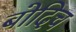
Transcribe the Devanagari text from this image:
बोदिच